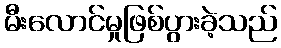
မီးလောင်မှုဖြစ်ပွားခဲ့သည်